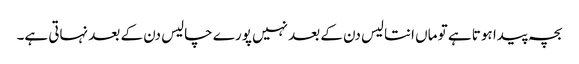
بچہ پیدا ہوتا ہے تو ماں انتالیس دن کے بعد نہیں پورے چالیس دن کے بعد نہاتی ہے۔